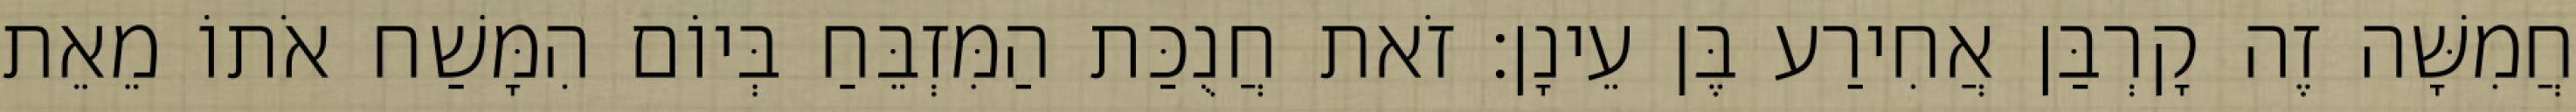
חֲמִשָּׁה זֶה קָרְבַּן אֲחִירַע בֶּן עֵינָן׃ זֹאת חֲנֻכַּת הַמִּזְבֵּחַ בְּיוֹם הִמָּשַׁח אֹתוֹ מֵאֵת